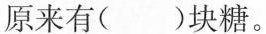
原来有()块糖。